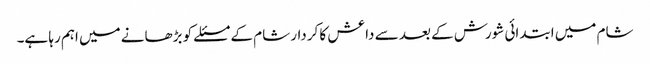
شام میں ابتدائی شورش کے بعد سے داعش کا کردار شام کے مسئلے کو بڑھانے میں اہم رہا ہے۔